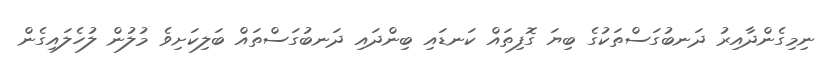
ނިމިގެންދާއިރު ދަނބުގަސްތަކުގެ ބިޔަ ގޮފިތައް ކަނޑައި ބިންދައި ދަނބުގަސްތައް ބަލިކަށިވެ މުލުން ލުހެލައިގެން